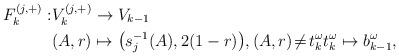
LaTeX: \begin{align*}F^{(j,+)}_k:&V^{(j,+)}_{k}\to V_{k-1}\\ &(A,r)\mapsto \big(s_j^{-1}(A), 2(1-r)\big), (A,r)\!\not=\!t_{k}^\omega t_{k}^\omega\mapsto b_{k-1}^\omega,\end{align*}